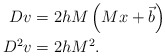
\begin{align*}Dv & =2hM\left( Mx+\vec{b}\right) \\D^{2}v & =2hM^{2}.\end{align*}